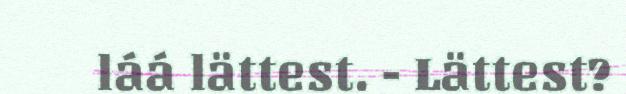
láá lättest. - Lättest?